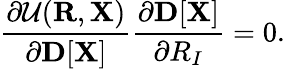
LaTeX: {\displaystyle\frac{\partial{\cal U}({\mathbf R},{\mathbf X})}{\partial{\mathbf D}[{\mathbf X}]}\frac{\partial{\mathbf D}[{\mathbf X}]}{\partial R_{I}}=0}.